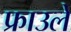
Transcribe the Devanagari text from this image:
फ्राउले